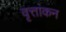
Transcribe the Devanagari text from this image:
वृत्तांकन